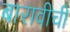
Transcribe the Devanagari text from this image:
बारावीची